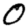
Digit: 0